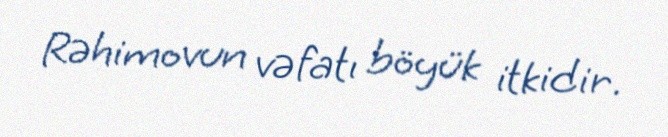
Rəhimovun vəfatı böyük itkidir.